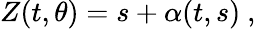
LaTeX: Z(t,\theta)=s+\alpha(t,s)\ ,